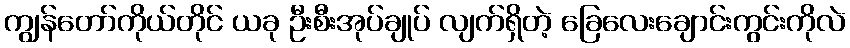
ကျွန်တော်ကိုယ်တိုင် ယခု ဦးစီးအုပ်ချုပ် လျက်ရှိတဲ့ ခြေလေးချောင်းကွင်းကိုလဲ